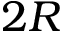
2 R